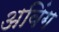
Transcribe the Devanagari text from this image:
अविंग